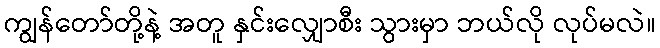
ကျွန်တော်တို့နဲ့ အတူ နှင်းလျှောစီး သွားမှာ ဘယ်လို လုပ်မလဲ။